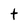
Character: t